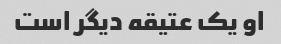
او یک عتیقه دیگر است